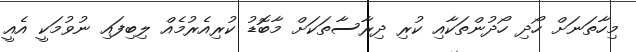
މިހާތަނަށް ހޯދި ހޯދުންތަކާއި ކުރި ދިރާސާތަކަށް މާބޮޑު ކުރިއެރުމެއް ލިބިފައި ނުވުމަކީ އެއީ